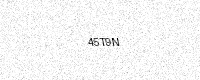
Text: 45T9N